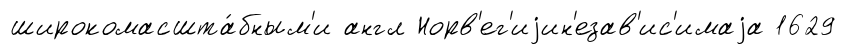
широкомасшта́бным'и англ Норв'ег'иjин'езав'ис'имаjа 1629